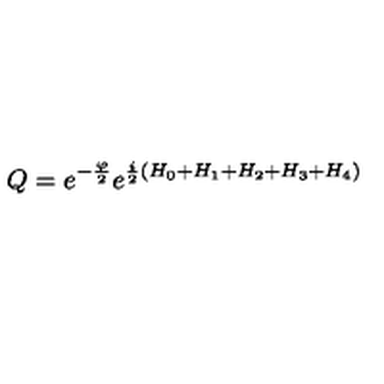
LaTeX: Q = e ^ { - { \frac { \varphi } { 2 } } } e ^ { { \frac { i } { 2 } } \left( H _ { 0 } + H _ { 1 } + H _ { 2 } + H _ { 3 } + H _ { 4 } \right) }